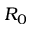
R _ { 0 }